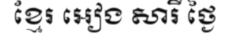
ខ្មែរ អៀង សារី ថ្ងៃ